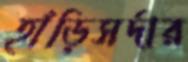
হাঁড়িসর্দার